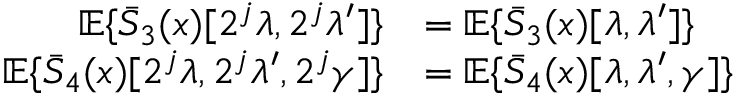
\begin{array} { r l } { { \mathbb E } \{ \bar { S } _ { 3 } ( x ) [ 2 ^ { j } \lambda , 2 ^ { j } \lambda ^ { \prime } ] \} } & { = { \mathbb E } \{ \bar { S } _ { 3 } ( x ) [ \lambda , \lambda ^ { \prime } ] \} } \\ { { \mathbb E } \{ \bar { S } _ { 4 } ( x ) [ 2 ^ { j } \lambda , 2 ^ { j } \lambda ^ { \prime } , 2 ^ { j } \gamma ] \} } & { = { \mathbb E } \{ \bar { S } _ { 4 } ( x ) [ \lambda , \lambda ^ { \prime } , \gamma ] \} } \end{array}